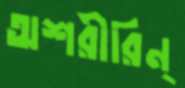
অশরীরিন্